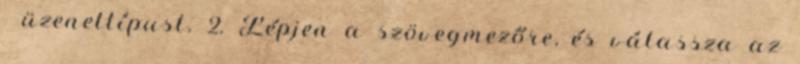
→ üzenettípust. 2. Lépjen a szövegmezőre, és válassza az